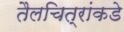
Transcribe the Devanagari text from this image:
तैलचित्रांकडे